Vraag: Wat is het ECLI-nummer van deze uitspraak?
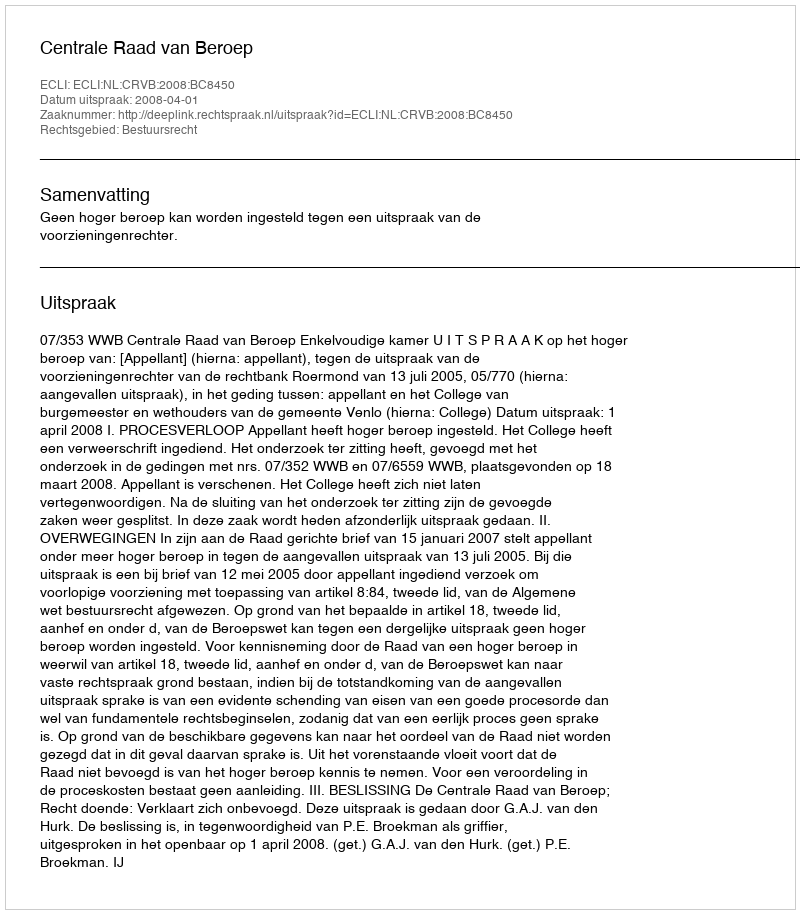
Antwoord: ECLI:NL:CRVB:2008:BC8450